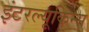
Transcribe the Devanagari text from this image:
इंटरल्यूकिन्स